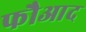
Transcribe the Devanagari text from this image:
फौआद